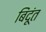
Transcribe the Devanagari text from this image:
बिंदूंत